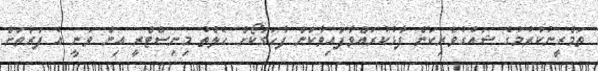
ތަމްރީނުކުރުމުގެ ޝައުގުވެރިކަން ފާޅުކުރައްވާފައިވާކަން ފާހަގަކޯށް ހެލްތު މިނިސްޓްރީ އިން ވަނީ އެ ފަރާތަށް